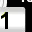
Digit: 1